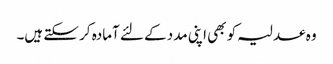
وہ عدلیہ کو بھی اپنی مدد کے لئے آمادہ کر سکتے ہیں۔